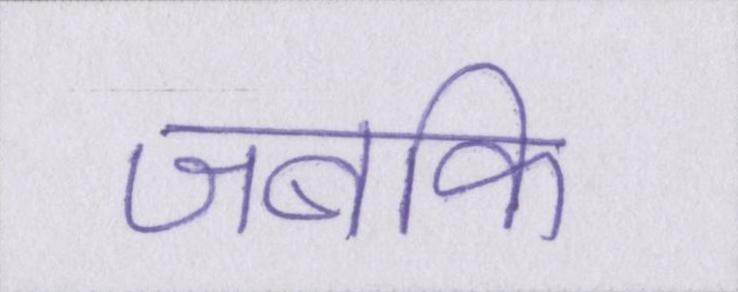
जबकि